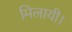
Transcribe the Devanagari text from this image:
मिलायी।